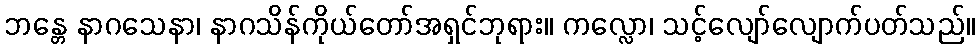
ဘန္တေ နာဂသေနာ၊ နာဂသိန်ကိုယ်တော်အရှင်ဘုရား။ ကလ္လော၊ သင့်လျော်လျောက်ပတ်သည်။